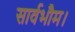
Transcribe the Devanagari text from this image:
सार्वभौम।